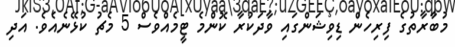
މުބާރާތުގެ ފިރިހެން ޑިވިޝަންގައި ވާދަކުރާ ކޮންމެ ޓީމެއްވެސް 5 މެޗު ކުޅޭނެއެވެ. އަދި